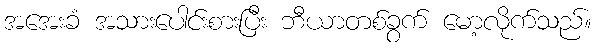
အအေးခံ အသားပေါင်းစားပြီး ဘီယာတစ်ခွက် မော့လိုက်သည်။